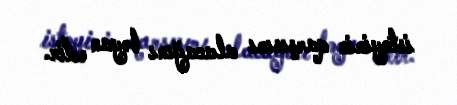
istəyinin qarşısını alacağını bəyan edir.